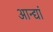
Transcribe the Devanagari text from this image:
आन्द्यां